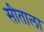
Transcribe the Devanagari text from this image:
सीताला